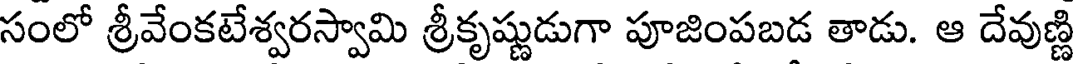
సంలో శ్రీవేంకటేశ్వరస్వామి శ్రీకృష్ణుడుగా పూజింపబడ తాడు. ఆ దేవుణ్ణి